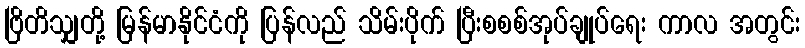
ဗြိတိသျှတို့ မြန်မာနိုင်ငံကို ပြန်လည် သိမ်းပိုက် ပြီးစစစ်အုပ်ချုပ်ရေး ကာလ အတွင်း